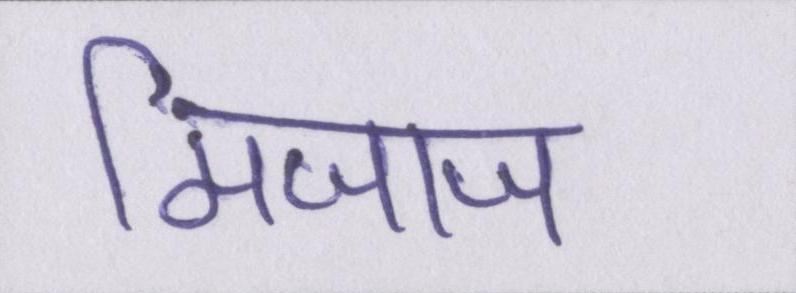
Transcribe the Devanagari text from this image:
मिजाज